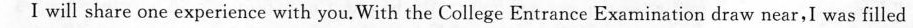
I will share one experience with you.With the College Entrance Examination draw near,I was filled